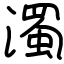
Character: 濁